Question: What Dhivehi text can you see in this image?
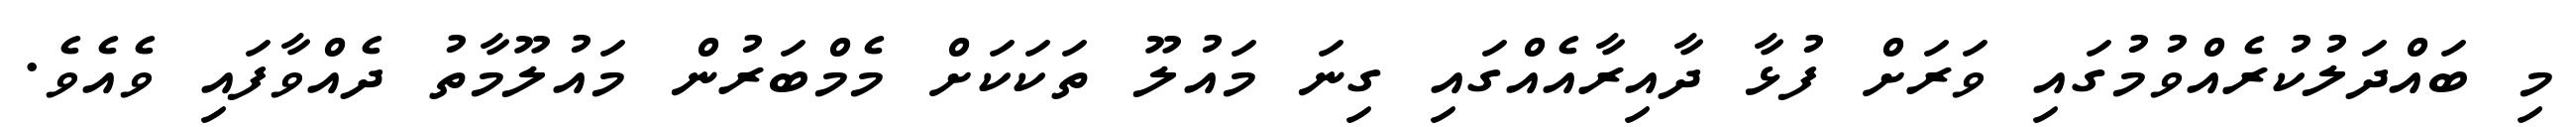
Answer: މި ބައްދަލުކުރެއްވުމުގައި ވަރަށް ފުޅާ ދާއިރާއެއްގައި ގިނަ މައުލޫ ތަކަކަށް މެމްބަރުން މައުލޫމާތު ދެއްވާފައި ވެއެވެ.